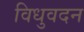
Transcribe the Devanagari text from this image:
विधुवदन